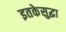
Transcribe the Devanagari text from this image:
इतकेसुद्धा